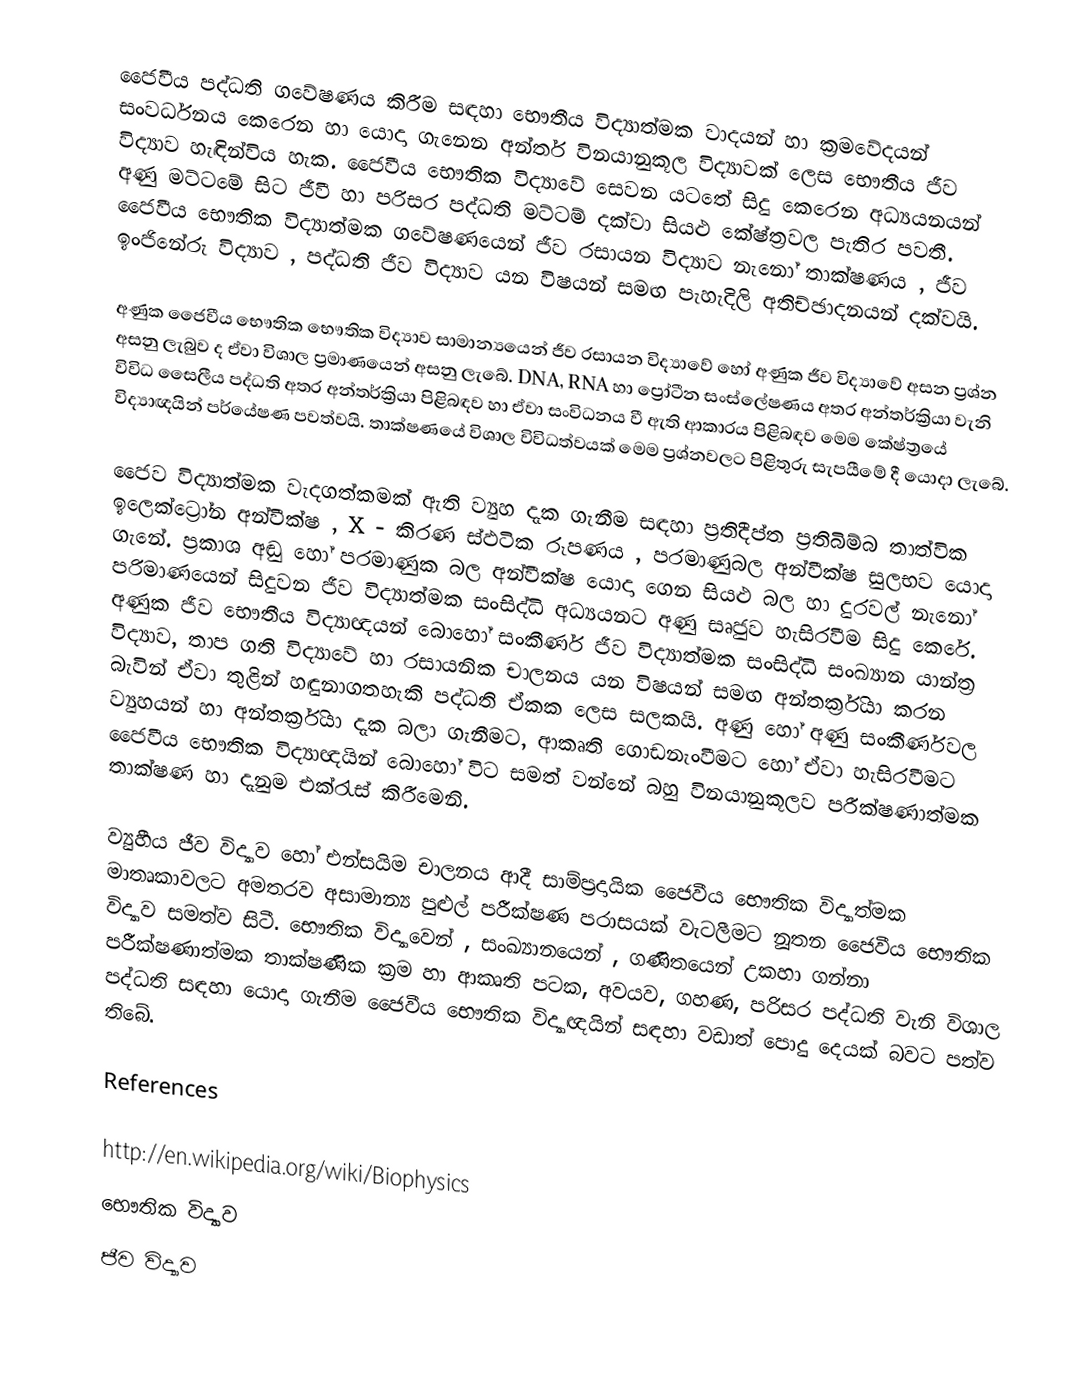
ජෛවීය පද්ධති ගවේෂණය කිරීම සඳහා භෞතීය විද්‍යාත්මක වාදයන් හා ක්‍රමවේදයන් සංවර්ධනය කෙරෙන හා යොදා ගැනෙන අන්තර් විනයානුකූල විද්‍යාවක් ලෙස භෞතීය ජීව විද්‍යාව හැඳින්විය හැක. ජෛවීය භෞතික විද්‍යාවේ සෙවන යටතේ සිදු කෙරෙන අධ්‍යයනයන් අණු මට්ටමේ සිට ජීවී හා පරිසර පද්ධති මට්ට‍ම් දක්වා සියළු කේෂ්ත්‍රවල පැතිර පවතී. ජෛවීය භෞතික විද්‍යාත්මක ගවේෂණයෙන් ජීව රසායන විද්‍යාව නැනෝ තාක්ෂණය , ජීව ඉංජිනේරු විද්‍යාව , පද්ධති ජීව විද්‍යාව යන විෂයන් සමඟ පැහැදිලි අතිච්ඡාදනයන් දක්වයි.

අණුක ජෛවීය භෞතික භෞතික විද්‍යාව සාමාන්‍යයෙන් ජීව රසායන විද්‍යාවේ හෝ අණුක ජීව විද්‍යාවේ අසන ප්‍රශ්න අසනු ලැබුව ද ඒවා විශාල ප්‍රමාණයෙන් අසනු ලැබේ. DNA, RNA හා ප්‍රෝටීන සංස්ලේෂණය අතර අන්තර්ක්‍රියා වැනි විවිධ සෛලීය පද්ධති අතර අන්තර්ක්‍රියා පිළිබඳව හා ඒවා සංවිධනය වී ඇති ආකාරය පිළිබඳව මෙම කේෂ්ත්‍රයේ විද්‍යාඥයින් පර්යේෂණ පවත්වයි. තාක්ෂණයේ විශාල විවිධත්වයක් මෙම ප්‍රශ්නවලට පිළිතුරු සැපයීමේ දී යොදා ලැබේ.

ජෛව විද්‍යාත්මක වැදගත්කමක් ඇති ව්‍යුහ දැක ගැනීම සඳහා ප්‍රතිදීප්ත ප්‍රතිබිම්බ තාත්වික ඉලෙක්ට්‍රෝන අන්වීක්ෂ , X - කිරණ ස්ඵටික රූපණය , පරමාණුබල අන්වීක්ෂ සුලභව යොදා ගැනේ. ප්‍රකාශ අඬු හෝ පරමාණුක බල අන්වීක්ෂ යොදා ගෙන සියළු බල හා දුරවල් නැනෝ පරිමාණයෙන් සිදුවන ජීව විද්‍යාත්මක සංසිද්ධි අධ්‍යයනට අණු සෘජුව හැසිරවීම සිදු කෙරේ. අණුක ජීව ‍භෞතීය විද්‍යාඥයන් බොහෝ සංකීර්ණ ජීව විද්‍යාත්මක සංසිද්ධි සංඛ්‍යාන යාන්ත්‍ර විද්‍යාව, තාප ගති විද්‍යාවේ හා රසායනික චාලනය යන විෂ‍යන් සමඟ අන්තර්ක්‍රියා කරන බැවින් ඒවා තුළින් හඳුනාගතහැකි පද්ධති ඒකක ලෙස සලකයි. අණු හෝ අණු සංකීර්ණවල ව්‍යුහ‍යන් හා අන්තර්ක්‍රියා දැක බලා ගැනීමට, ආකෘති ගොඩනැංවීමට හෝ ඒවා හැසි‍රවීමට ජෛවීය භෞතික විද්‍යාඥයින් බොහෝ විට සමත් වන්නේ බහු විනයානුකූලව පරීක්ෂණාත්මක තාක්ෂණ හා දැනුම එක්රැස් කිරීමෙනි.

ව්‍යුහීය ජීව විද්‍යාව හෝ එන්සයිම චාලනය ආදී සාම්ප්‍රදායික ජෛවීය භෞතික විද්‍යාත්මක මාතෘකාවලට අමතරව අසාමාන්‍ය පුළුල් පරීක්ෂණ පරාසයක් වැටලීමට නූතන ජෛවීය භෞතික විද්‍යාව සමත්ව සිටී. භෞතික විද්‍යාවෙන් , සංඛ්‍යානයෙන් , ගණිතයෙන් උකහා ගන්නා පරීක්ෂණාත්මක තාක්ෂණික ක්‍රම හා ආකෘති පටක, අවයව, ගහණ, පරිසර පද්ධති වැනි විශාල පද්ධති සඳහා යොදා ගැනීම ජෛවීය භෞතික විද්‍යාඥයින් සඳහා වඩාත් පොදු දෙයක් බවට පත්ව තිබේ.

References

http://en.wikipedia.org/wiki/Biophysics
භෞතික විද්‍යාව
ජීව විද්‍යාව